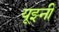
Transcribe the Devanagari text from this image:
यूझ्नी